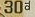
30